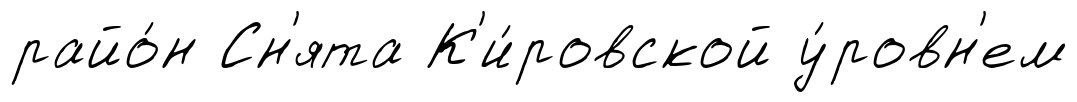
райо́н Сн'ята К'и́ровской у́ровн'ем